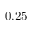
0 . 2 5